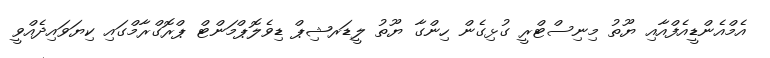
އެމްއެންޑީއެފްއާއި ޔޫތު މިނިސްޓްރީ ގުޅިގެން ހިންގާ ޔޫތު ލީޑަރޝިޕް ޑިވެލޮޕްމަންޓް ޕްރޮގްރާމްގައި ކިޔަވައިދެއްވީ